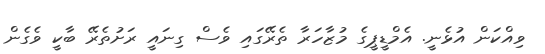
ވިއްކަން އުޅެނީ. އެމްޑީޕީގެ މުޒާހަރާ ތެރޭގައި ވެސް ގިނައީ ރަށުތެރޭ ބާކީ ވެގެން